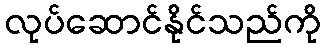
လုပ်ဆောင်နိုင်သည်ကို